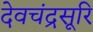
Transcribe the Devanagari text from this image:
देवचंद्रसूरि